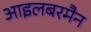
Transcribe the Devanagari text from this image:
आइलबरमैन